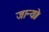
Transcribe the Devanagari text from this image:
जान्यो।